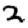
Digit: 2